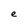
Character: e